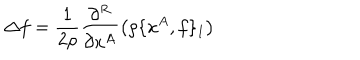
LaTeX: \Delta f = \frac { 1 } { 2 \rho } \frac { \partial ^ { R } } { \partial x ^ { A } } \left( \rho \{ x ^ { A } , f \} _ { 1 } \right)